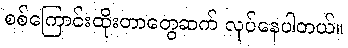
စစ်ကြောင်းထိုးတာတွေဆက် လုပ်နေပါတယ်။